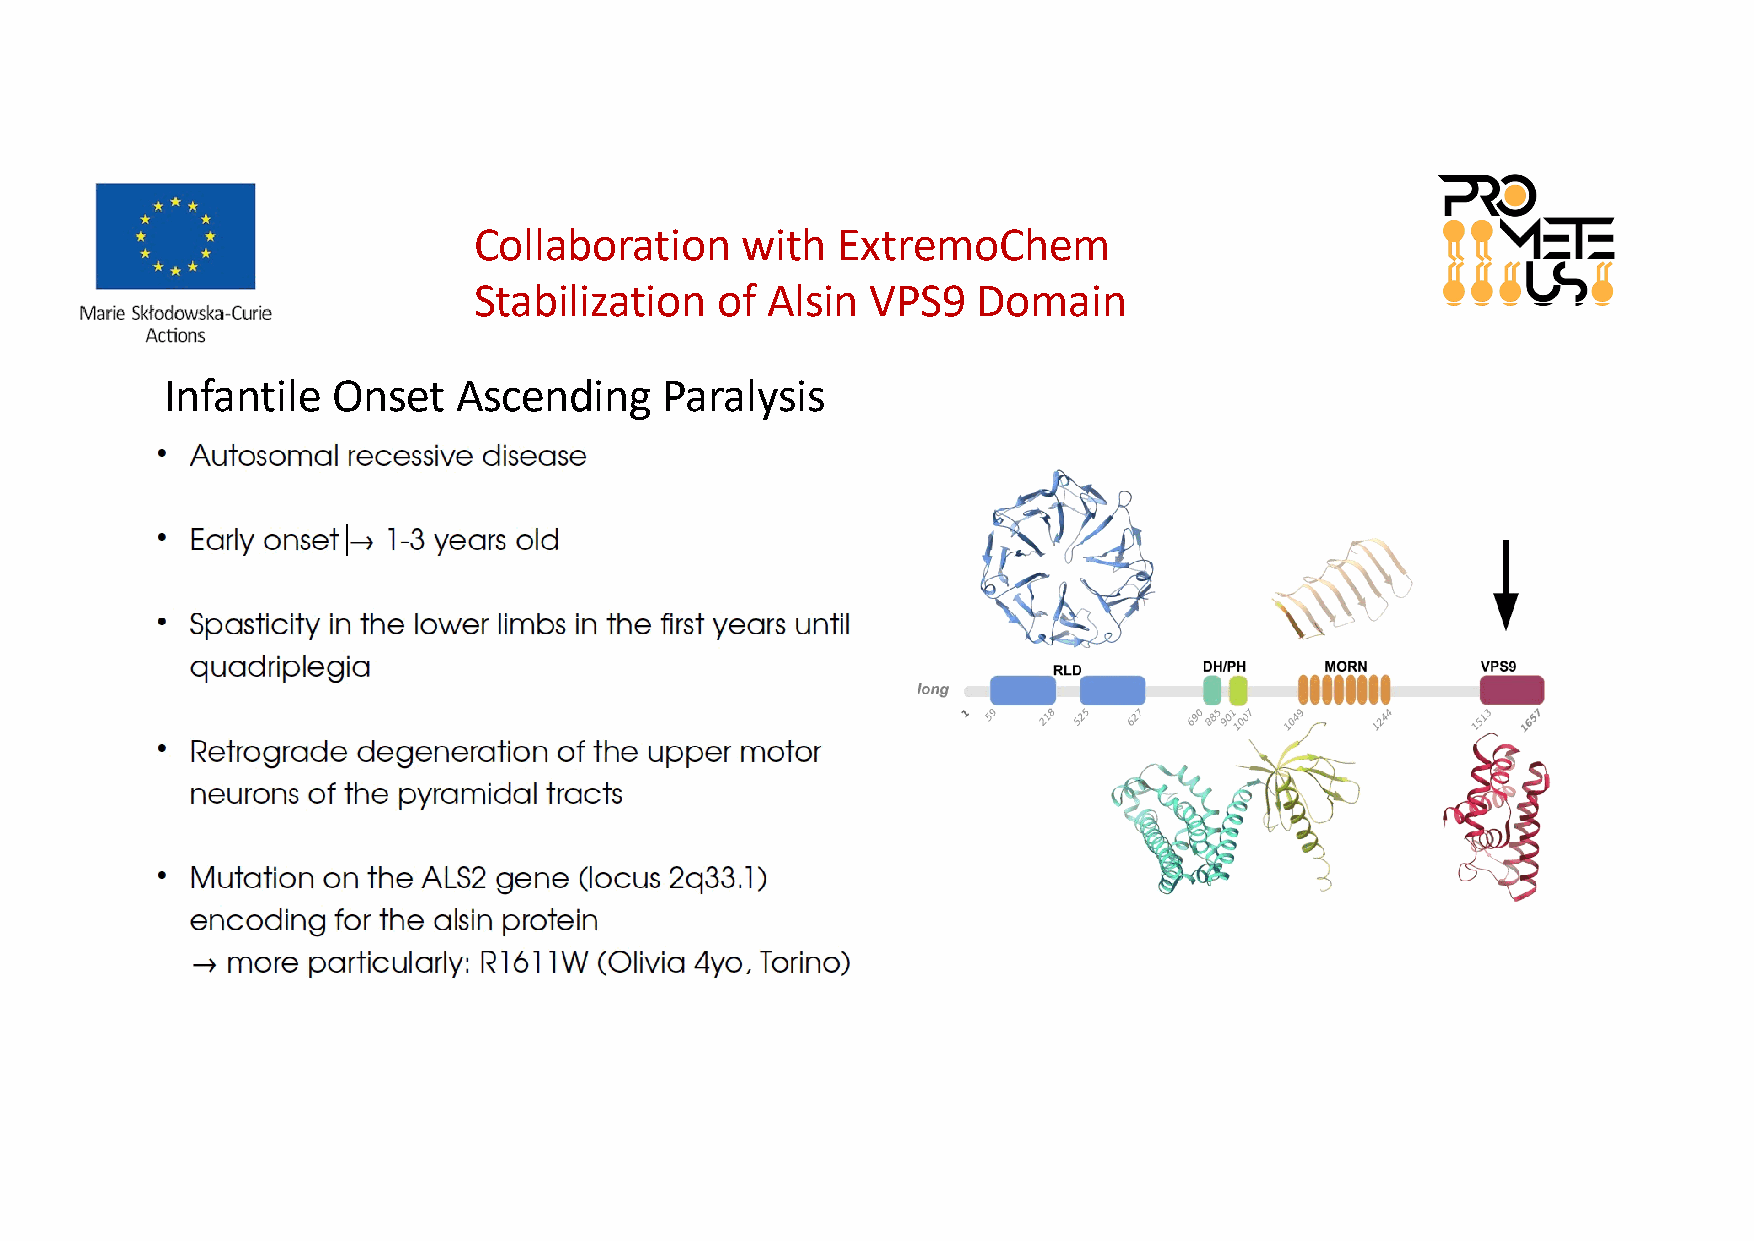
Collaboration     with  ExtremoChem
 Stabilization   of  Alsin  VPS9   Domain
 Infantile  Onset   Ascending     Paralysis